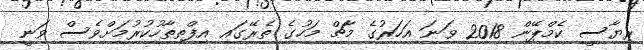
ރިޔާސީ ކެމްޕޭން 2018 ވަނަ އަހަރުގެ މާޗް މަހުގެ ތެރޭގައި އިފްތިތާހުކުރުމަށްވެސް ވަނީ